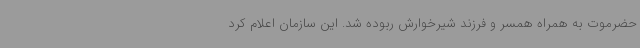
حضرموت به همراه همسر و فرزند شیرخوارش ربوده شد. این سازمان اعلام کرد